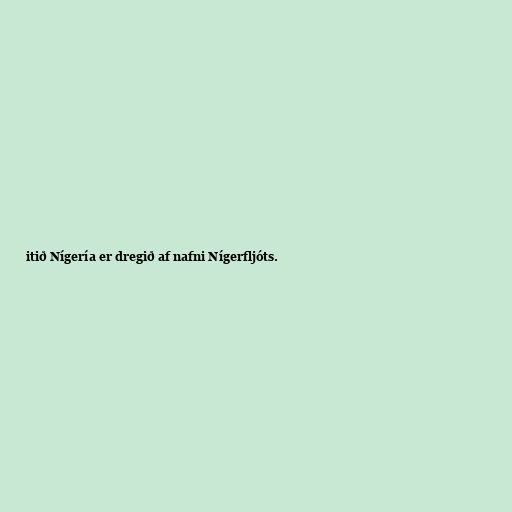
itið Nígería er dregið af nafni Nígerfljóts.